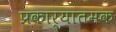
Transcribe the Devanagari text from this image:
प्रकार्यातमक